Report of the Bombay Plague Committee
Disease focus: Plague
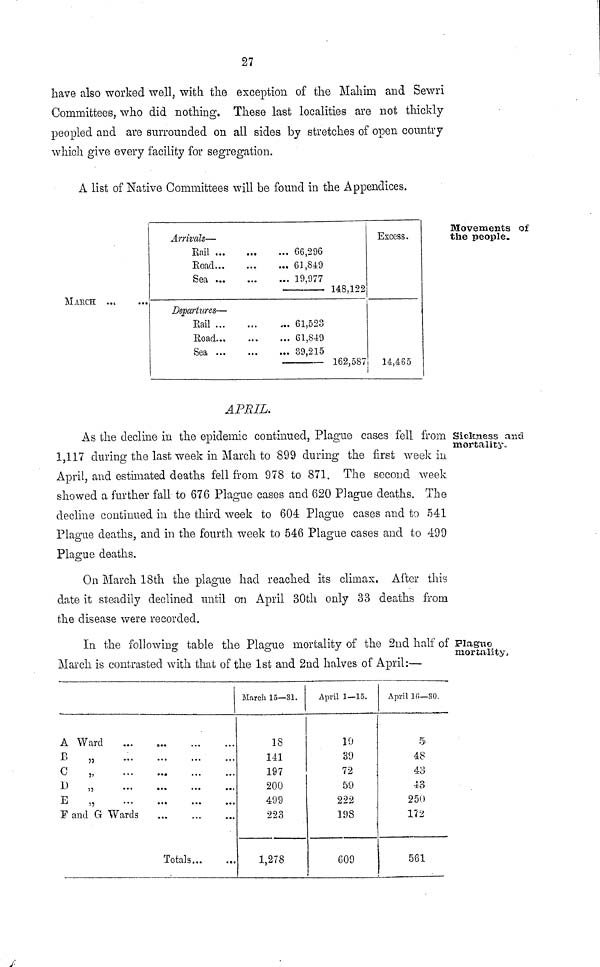
27
have also worked well, with the exception of the Mahim and Sewri
Committees, who did nothing. These last localities are not thickly
peopled and are surrounded on all sides by stretches of open country
which give every facility for segregation.
A list of Native Committees will Le found in the Appendices.
Movements of
the people«
MARCH ...
Arrivals—
Rail
Road
Sea
,
Departures—
Rail
Road
Sea
66,296
61,849
19,977
61,520
61,849
39,215
148,122
162,587
Excess.
14,465
APRIL.
Sickness and
mortality.
As the decline in the epidemic continued, Plague cases fell from
1,117 during the last week in March to 899 during the first week in
April, and estimated deaths fell from 978 to 871. The second week
showed a further fall to 676 Plague cases and 620 Plague deaths. The
decline continued in the third week to 604 Plague cases and to 541
Plague deaths, and in the fourth week to 546 Plague cases and to 499
Plague deaths.
On March 18th the plague had reached its climax. After this
date it steadily declined until on April 30th only 33 deaths from
the disease were recorded.
Plague
mortality,
In the following table the Plague mortality of the 2nd half of
March is contrasted with that of the 1st and 2nd halves of April:—
A Ward
B „
C ,
D
„
...
E
„
F and G Wards
Totals...
March 15—31.
18
141
197
200
499
223
1,278
April 1—15.
10
89
72
59
222
198
609
April 10—30.
5
48
43
13
250
172
561